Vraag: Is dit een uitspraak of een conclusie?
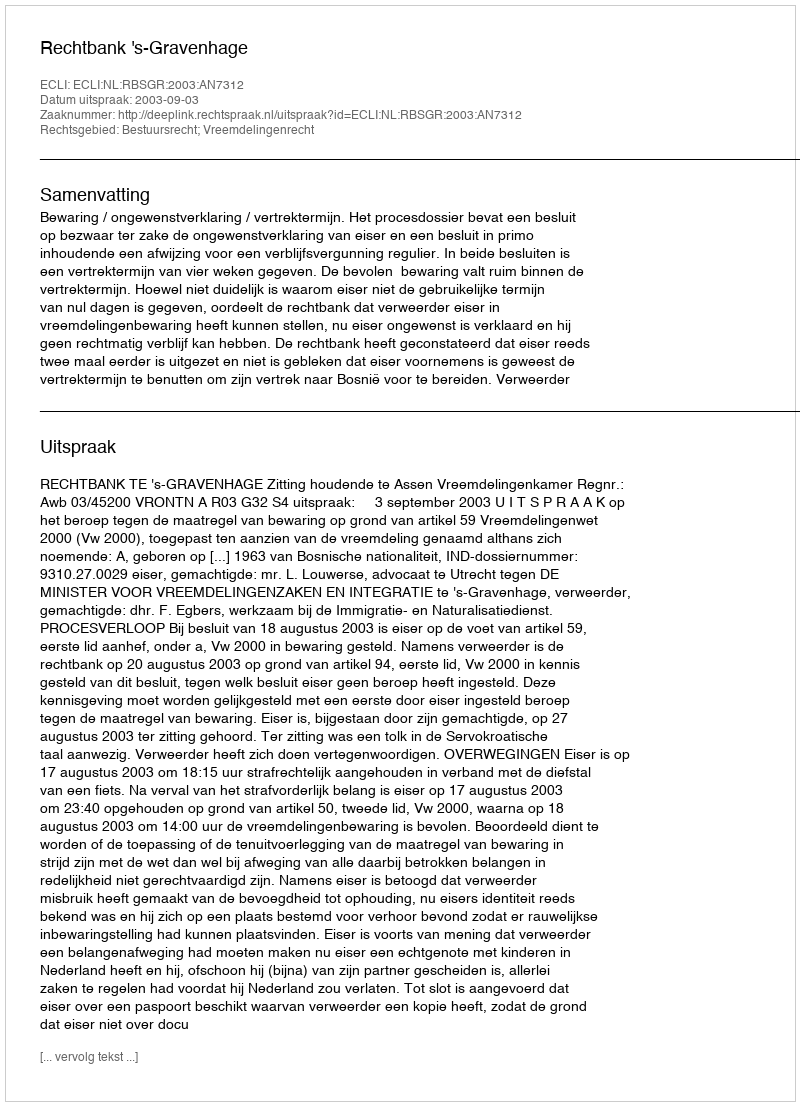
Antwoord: Uitspraak